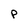
Character: P